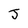
Character: J